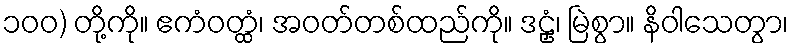
၁၀၀) တို့ကို။ ဧကံဝတ္ထံ၊ အဝတ်တစ်ထည်ကို။ ဒဠှံ၊ မြဲစွာ။ နိဝါသေတွာ၊